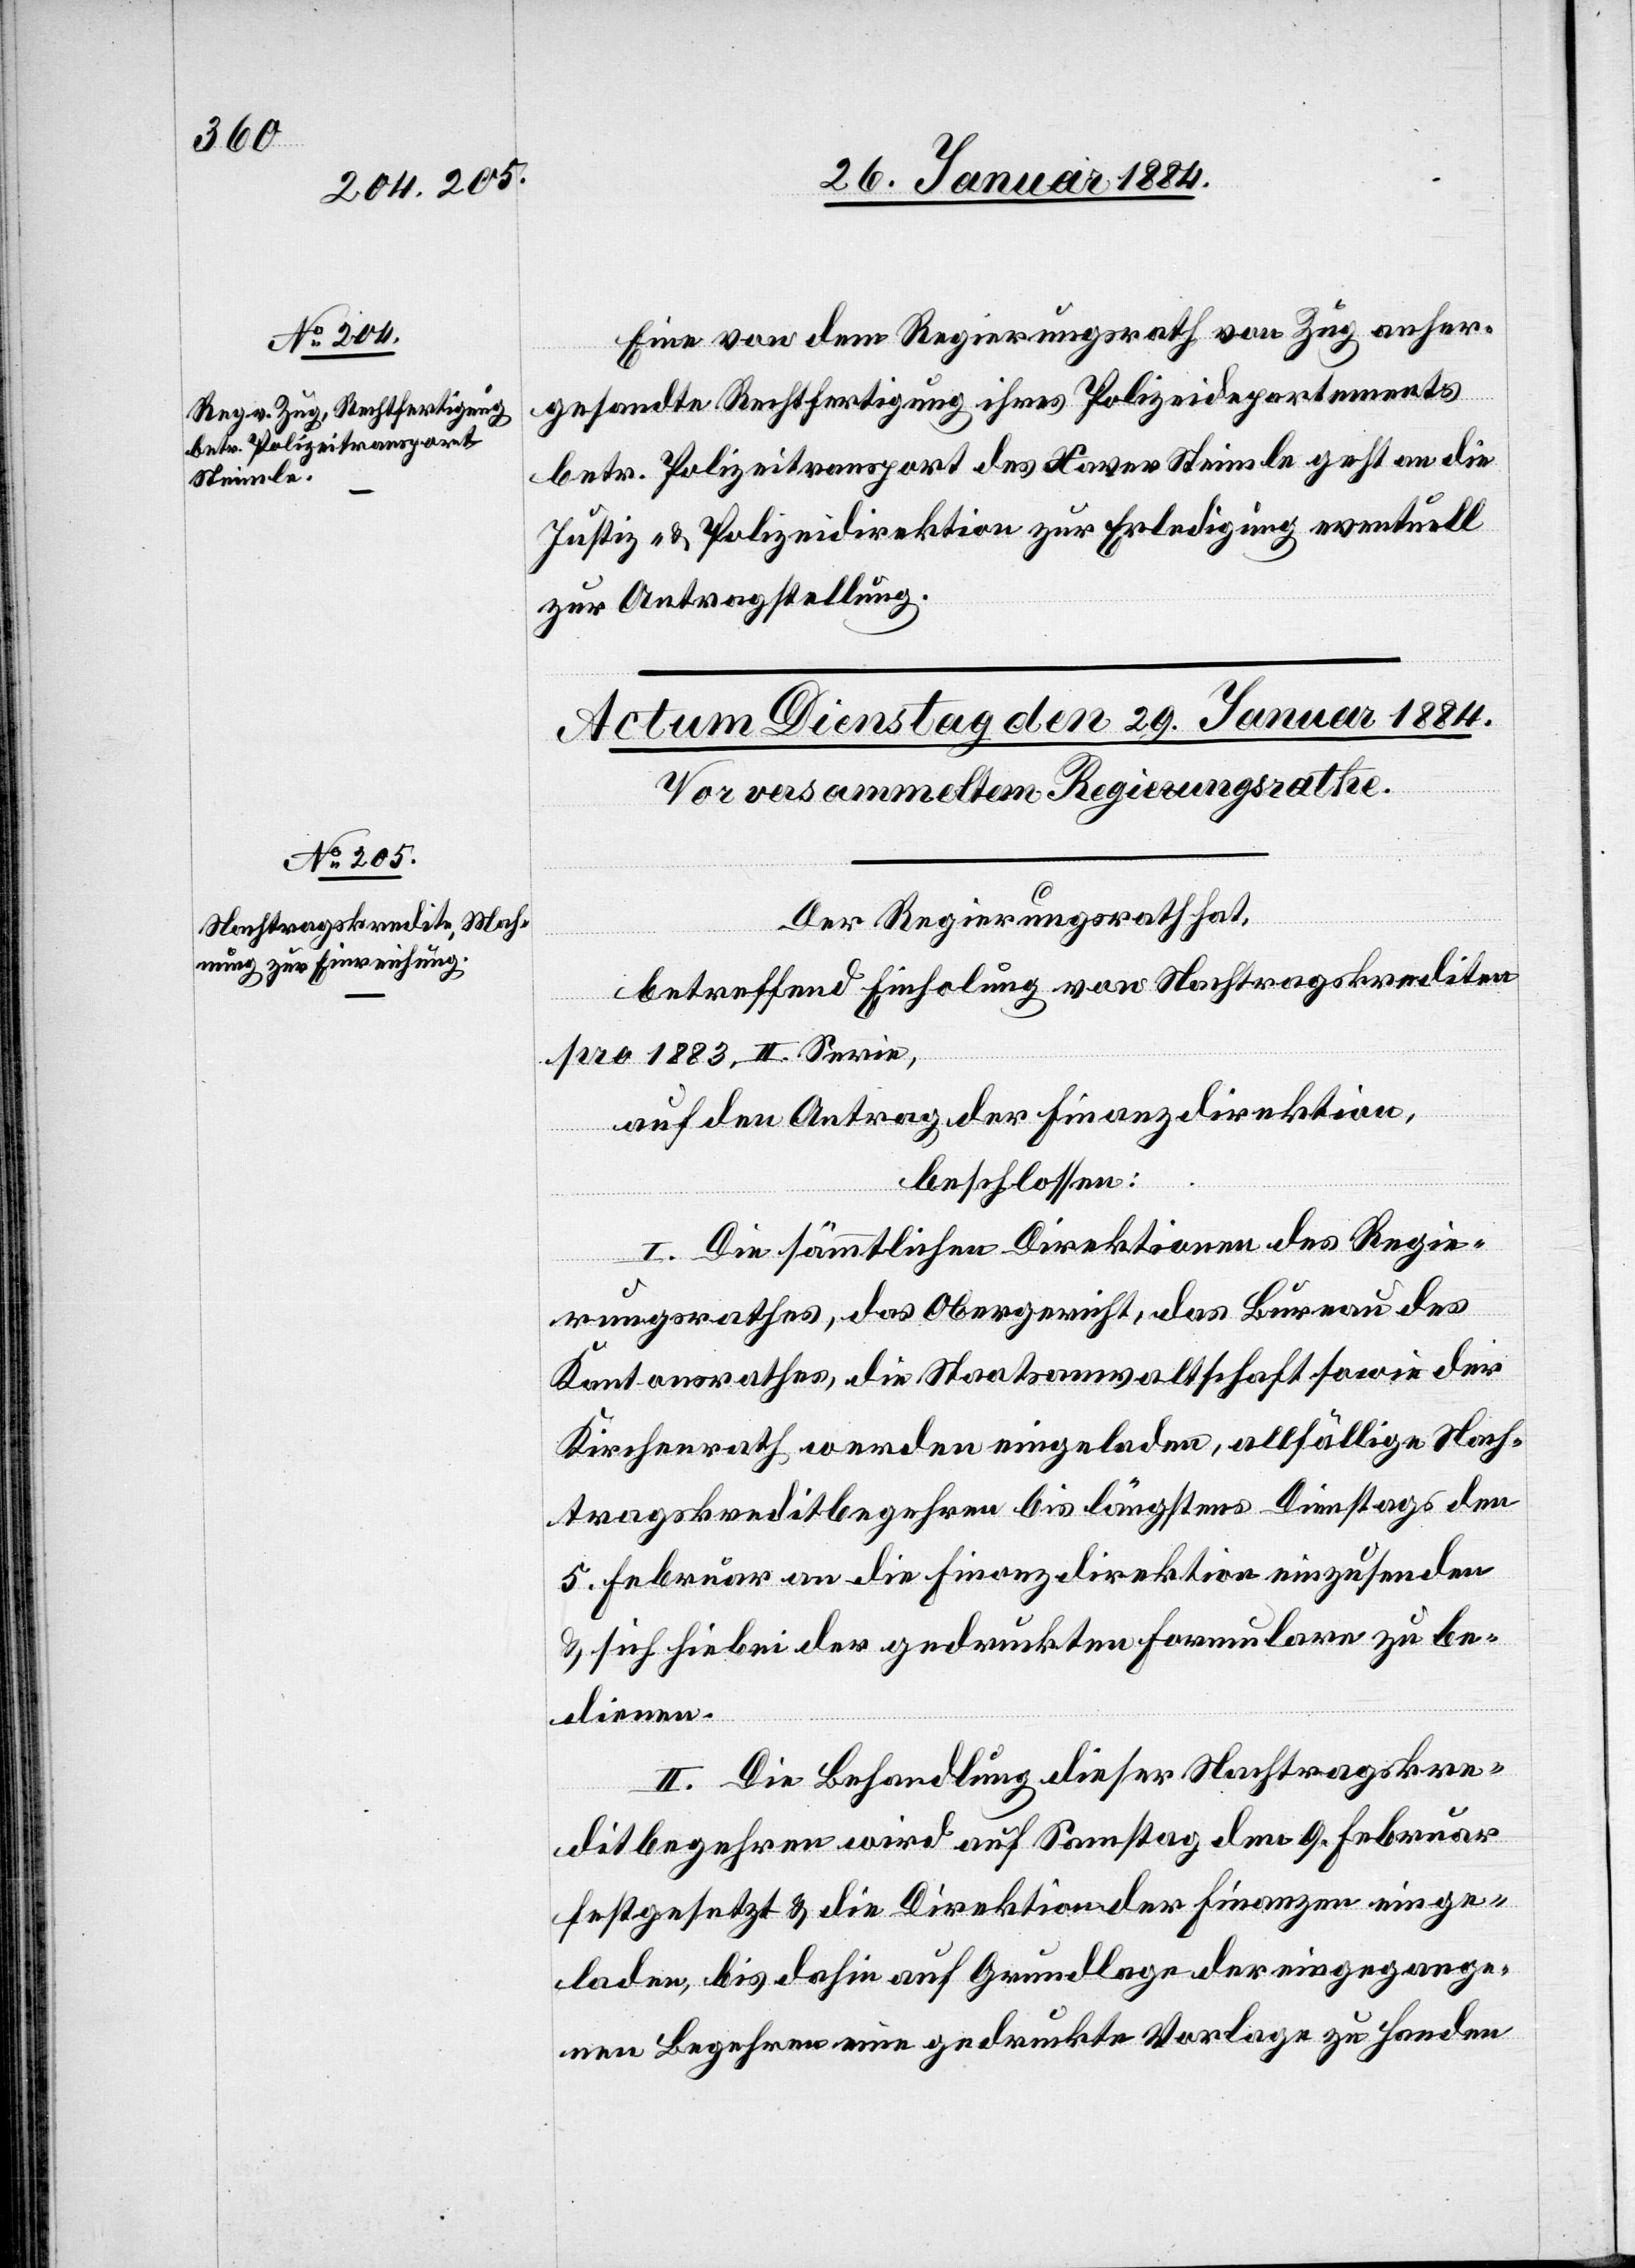
28. Januar 1884.]
Eine von dem Regierungsrath von Zug anher¬
gesandte Rechtfertigung ihres Polizeidepartements
betr. Polizeitransport des Xaver Steinle geht an die
Justiz- & Polizeidirektion zur Erledigung eventuell
zur Antragstellung.
Der Regierungsrath hat,
betreffend Einholung von Nachtragskrediten
pro 1883, II. Serie,
auf den Antrag der Finanzdirektion,
beschlossen:
I. Die sämmtlichen Direktionen des Regie¬
rungsrathes, das Obergericht, das Bureau des
Kantonsrathes, die Staatsanwaltschaft sowie der
Kirchenrath werden eingeladen, allfällige Nach¬
tragskreditbegehren bis längstens Dienstags den
5. Februar an die Finanzdirektion einzusenden
& sich hiebei der gedruckten Formulare zu be¬
dienen.
II. Die Behandlung dieser Nachtragskre¬
ditbegehren wird auf Samstag den 9. Februar
festgesetzt & die Direktion der Finanzen einge¬
laden, bis dahin auf Grundlage der eingegange¬
nen Begehren eine gedruckte Vorlage zu Handen